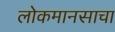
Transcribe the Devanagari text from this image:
लोकमानसाचा